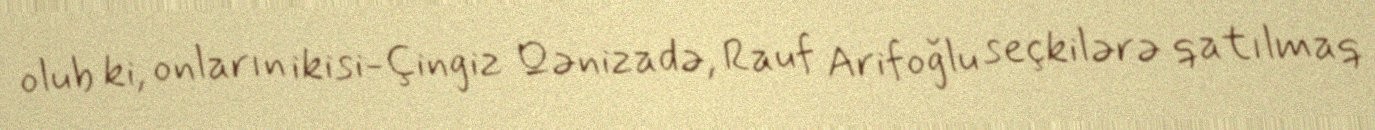
olub ki, onların ikisi-Çingiz Qənizadə, Rauf Arifoğlu seçkilərə qatılmaq